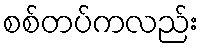
စစ်တပ်ကလည်း